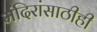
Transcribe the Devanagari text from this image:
मंदिरांसाठीही